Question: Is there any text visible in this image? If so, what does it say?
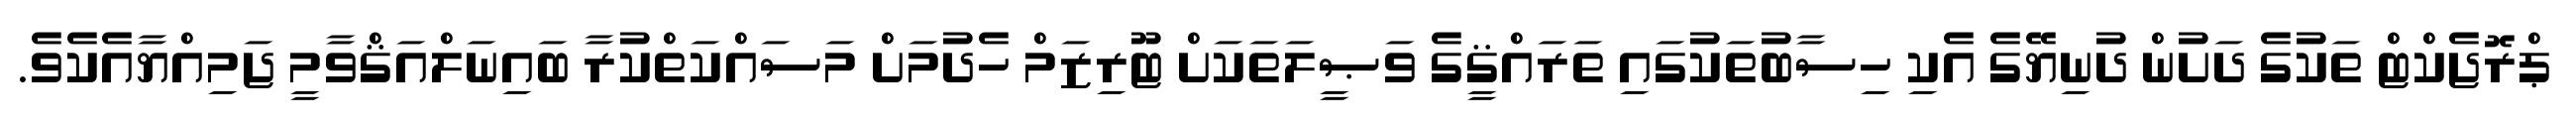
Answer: ޕްރޮޖެކްޓް ތަކުގެ ދަށުން ދުނިޔޭގެ އެކި ހިސާބުތަކުގައި ތަރައްޤީގެ ވަޞީލަތަކަށް ޓޫރިޒަމް ހެދުމަށް މަސައްކަތްކުރާ ބައިނަލްއަޤްވާމީ ޖަމިއްޔާއެކެވެ.